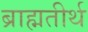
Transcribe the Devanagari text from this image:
ब्राह्मतीर्थ